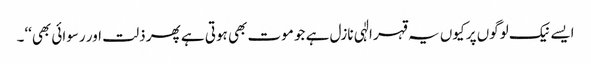
ایسے نیک لوگوں پر کیوں یہ قہر الٰہی نازل ہے جو موت بھی ہوتی ہے پھر ذلت اور رسوائی بھی‘‘۔